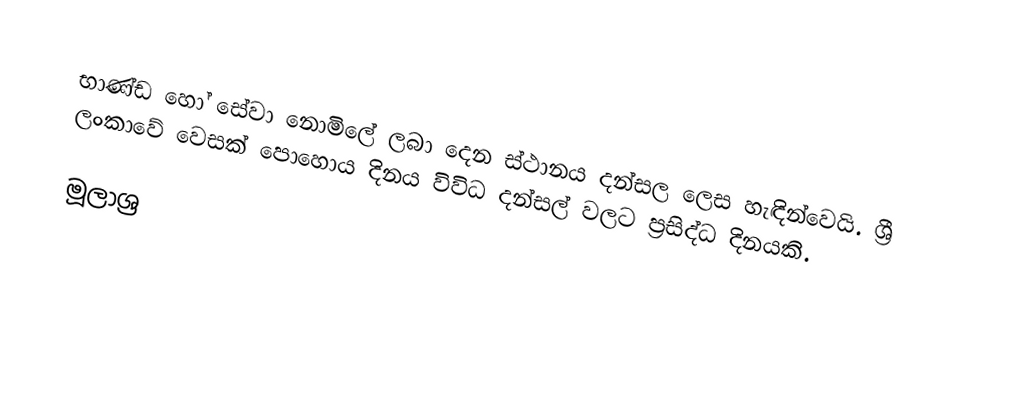
භාණ්ඩ හෝ සේවා නොමිලේ ලබා දෙන ස්ථානය දන්සල ලෙස හැඳින්වෙයි. ශ්‍රී ලංකාවේ වෙසක් පොහොය දිනය විවිධ දන්සල් වලට ප්‍රසිද්ධ දිනයකි.

මූලාශ්‍ර